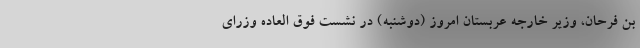
بن فرحان، وزیر خارجه عربستان امروز (دوشنبه) در نشست فوق العاده وزرای